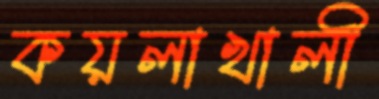
কয়লাখালী